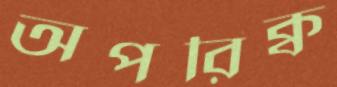
অপরিক্ব